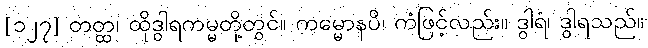
[၁၂၇] တတ္ထ၊ ထိုဒွါရကမ္မတို့တွင်။ ကမ္မောနပိ၊ ကံဖြင့်လည်း။ ဒွါရံ၊ ဒွါရသည်။